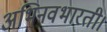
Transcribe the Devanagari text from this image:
अभिनवभारती।